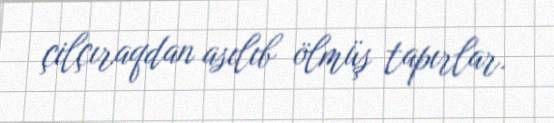
çilçıraqdan asılıb ölmüş tapırlar.